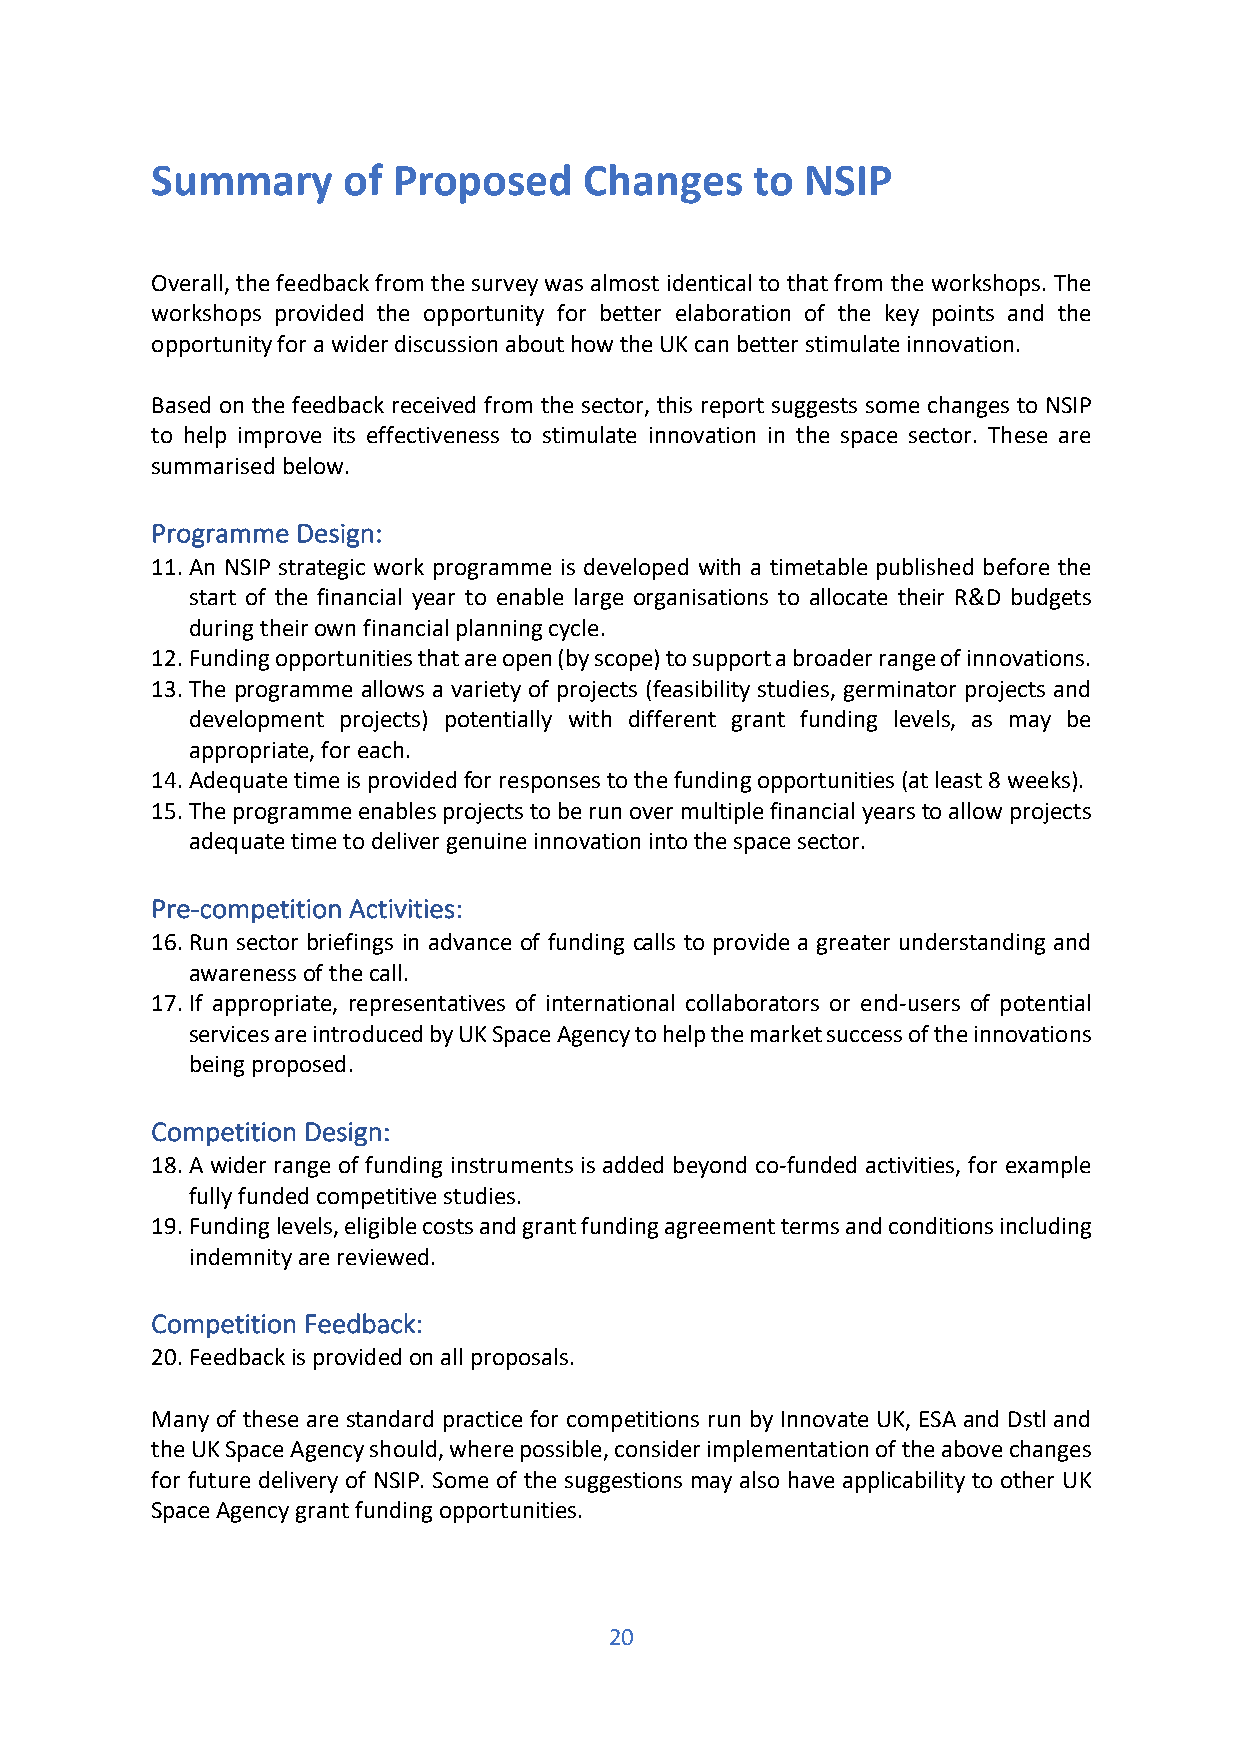
Summary      of Proposed     Changes    to NSIP
 Overall, the feedback from the survey was almost identical to that from the workshops. The
 workshops provided the opportunity for better elaboration of the key points and the
 opportunity for a wider discussion about how the UK can better stimulate innovation.
 Based on the feedback received from the sector, this report suggests some changes to NSIP
 to help improve its effectiveness to stimulate innovation in the space sector. These are
 summarised below.
 Programme Design:
 11. An NSIP strategic work programme is developed with a timetable published before the
 start of the financial year to enable large organisations to allocate their R&D budgets
 during their own financial planning cycle.
 12. Funding opportunities that are open (by scope) to support a broader range of innovations.
 13. The programme allows a variety of projects (feasibility studies, germinator projects and
 development projects) potentially with different grant funding levels, as may be
 appropriate, for each.
 14. Adequate time is provided for responses to the funding opportunities (at least 8 weeks).
 15. The programme enables projects to be run over multiple financial years to allow projects
 adequate time to deliver genuine innovation into the space sector.
 Pre-competition Activities:
 16. Run sector briefings in advance of funding calls to provide a greater understanding and
 awareness of the call.
 17. If appropriate, representatives of international collaborators or end-users of potential
 services are introduced by UK Space Agency to help the market success of the innovations
 being proposed.
 Competition Design:
 18. A wider range of funding instruments is added beyond co-funded activities, for example
 fully funded competitive studies.
 19. Funding levels, eligible costs and grant funding agreement terms and conditions including
 indemnity are reviewed.
 Competition Feedback:
 20. Feedback is provided on all proposals.
 Many of these are standard practice for competitions run by Innovate UK, ESA and Dstl and
 the UK Space Agency should, where possible, consider implementation of the above changes
 for future delivery of NSIP. Some of the suggestions may also have applicability to other UK
 Space Agency grant funding opportunities.
 20